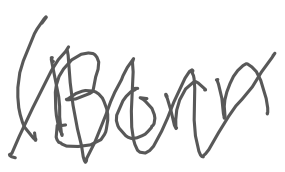
Text: (born
Cross-out: zig-zag
Writing tool: digital_gray